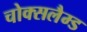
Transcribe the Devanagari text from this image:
चोक्सलैम्ड